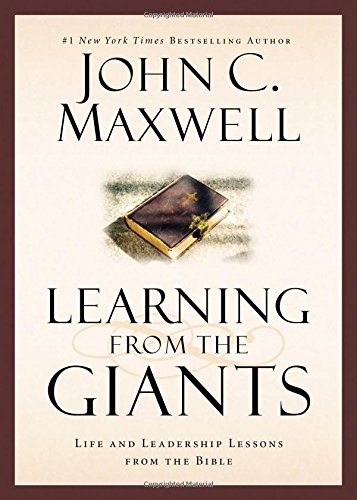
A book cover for Learning from the Giants: Life and Leadership Lessons from the Bible (Giants of the Bible); John C. Maxwell; Christian Books & Bibles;